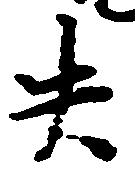
失